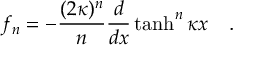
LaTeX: f _ { n } = - { \frac { ( 2 \kappa ) ^ { n } } { n } } { \frac { d } { d x } } \operatorname { t a n h } ^ { n } \kappa x ~ ~ ~ .